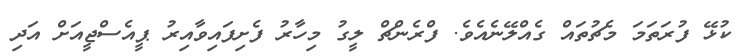
ކުޅޭ ފުރަތަމަ މެޗުތައް ގެއްލޭނެއެވެ. ފްރެންޗް ލީގު މިހާރު ފެށިފައިވާއިރު ޕީއެސްޖީއަށް އަދި